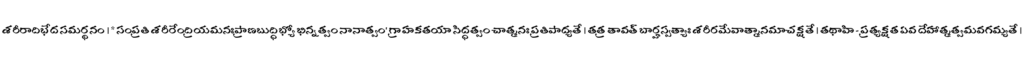
శరీరాదిభేద సమర్థనం । * సంప్రతి శరీరేంద్రియమనఃప్రాణబుద్ధిభ్యో భిన్నత్వం నానాత్వం' గ్రాహకతయా సిద్ధత్వం చాత్మనః ప్రతిపాద్యతే । తత్ర తావత్ బార్హస్పత్యాః శరీరమేవాత్మానమాచక్షతే । తథాహి - ప్రత్యక్షత ఏవ దేహాత్మత్వమవగమ్యతే ।